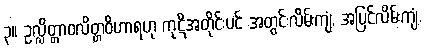
၃။ ဥလ္လိတ္တာဝလိတ္တဝိဟာရဟု ကုဋိအတိုင်းပင် အတွင်းလိမ်းကျံ, အပြင်လိမ်းကျံ,